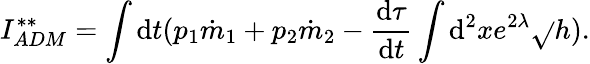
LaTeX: I_{ADM}^{**}=\int\mathrm{d}t(p_{1}\dot{{m}}_{1}+p_{2}\dot{{m}}_{2}-\frac{{\mathrm{d}\tau}}{{\mathrm{d}t}}\int\mathrm{d}^{2}xe^{2\lambda}\sqrt{}{{h}}).